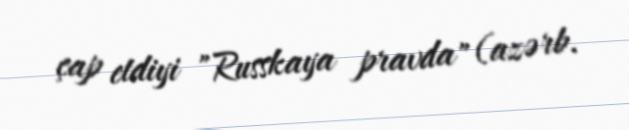
çap etdiyi "Russkaya pravda" (azərb.